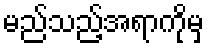
မည်သည့်အရာကိုမှ